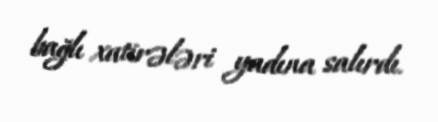
bağlı xatirələri yadına salırdı.